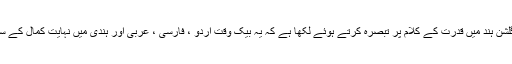
(۲) مرزا علی لطف نے گلشن ہند میں قدرت کے کلام پر تبصرہ کرتے ہوئے لکھا ہے کہ یہ بیک وقت اردو ، فارسی ، عربی اور ہندی میں نہایت کمال کے ساتھ شاعری کرتے تھے ۔